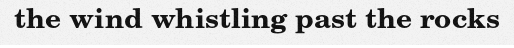
the wind whistling past the rocks